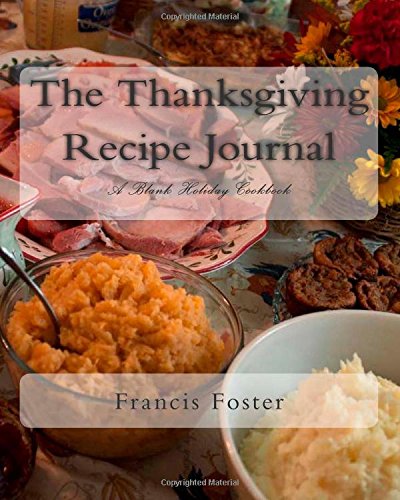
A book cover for The Thanksgiving Recipe Journal: A Blank Holiday Cookbook (All Occasion Recipe Journals) (Volume 1); Francis Foster; Cookbooks, Food & Wine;